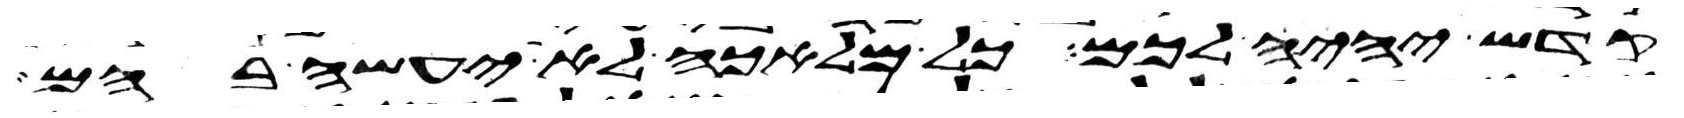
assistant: קדש יהיה לכם כל מלאכה לא יעשה בהם